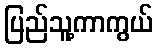
ပြည်သူ့ကာကွယ်